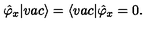
\hat { \varphi } _ { x } | v a c \rangle = \langle v a c | \hat { \varphi } _ { x } = 0 .